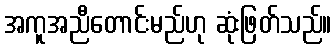
အကူအညီတောင်းမည်ဟု ဆုံးဖြတ်သည်။